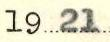
1921